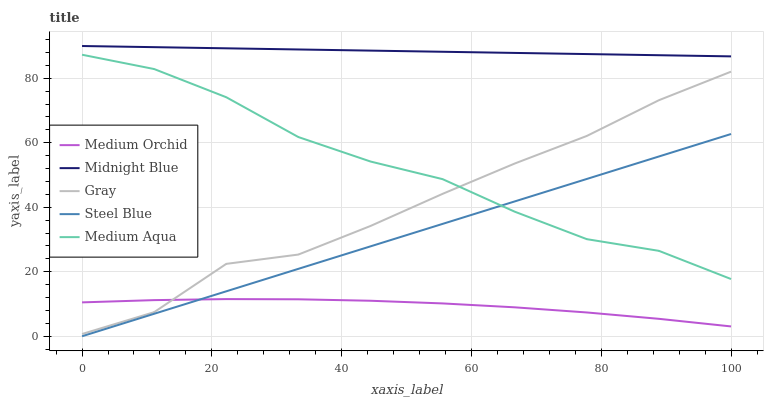
| xaxis_label | Medium Orchid | Midnight Blue | Gray | Steel Blue | Medium Aqua |
 | --- | --- | --- | --- | --- | --- |
 | 0 | 10.5 | 90 | 0.697 | 0 | 87.3 |
 | 11.1 | 11.2 | 89.6 | 7.47 | 6.97 | 82.9 |
 | 22.2 | 11.5 | 89.3 | 22.4 | 13.9 | 74.1 |
 | 33.3 | 11.5 | 88.9 | 25.3 | 20.9 | 61.8 |
 | 44.4 | 11 | 88.6 | 34.2 | 27.9 | 54.2 |
 | 55.6 | 10.2 | 88.2 | 44.2 | 34.8 | 48.7 |
 | 66.7 | 8.97 | 87.9 | 53.6 | 41.8 | 38.6 |
 | 77.8 | 7.38 | 87.5 | 62.1 | 48.8 | 30.1 |
 | 88.9 | 5.4 | 87.1 | 73.2 | 55.7 | 26.5 |
 | 100 | 3.04 | 86.8 | 82.1 | 62.7 | 17.7 |